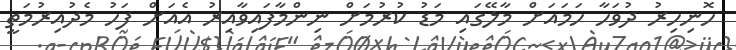
ހޮނިހިރު ދުވަހާ ހަމައަށް މާލޭގައި މަޑު ކުރުމަށް ނިންމާފައިވާއިރު އެއަށް ފަހު މެދުއިރުމަތީ